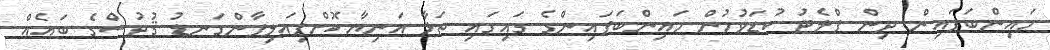
މައިންބަފައިން ދިން ފްލެޓު ކުޑަވުމުން މައިންބަފައިންގެ ގައިގައި ތަޅާ އަނިޔާކޮށްފިއަލިފާންގަނޑު ޤުދުސްގެ ބައެއް